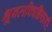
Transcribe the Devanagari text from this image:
भूवर्लोकाधिष्ठात्रीं